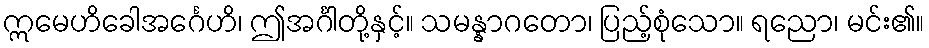
ဣမေဟိခေါအင်္ဂေဟိ၊ ဤအင်္ဂါတို့နှင့်။ သမန္နာဂတော၊ ပြည့်စုံသော။ ရညော၊ မင်း၏။